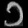
Digit: ၁